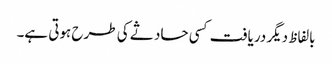
بالفاظ دیگر دریافت کسی حاد ثے کی طرح ہوتی ہے۔